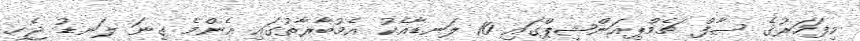
މިފަހަރުގެ ސާފް ޗެމްޕިއަންޝިޕްގައި 10 ލަނޑާއެކު އެމުބާރާތުގައި އެންމެ ގިނަ ލަނޑު ޖެހި